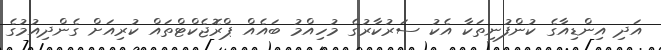
އަދި އިންޑިއާގެ ކުންފުނިތަކާ އެކު ސަރުކާރުގެ މުހިއްމު ބައެއް ޕްރޮޖެކްޓްތައް ކުރިއަށް ގެންދިއުމުގެ